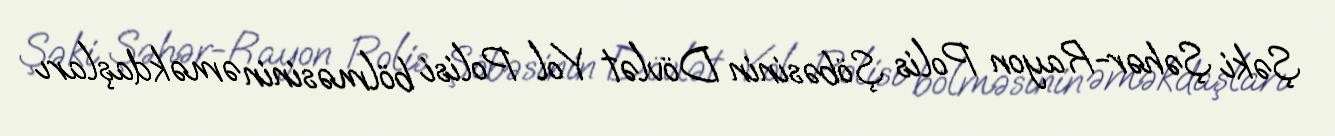
Şəki Şəhər-Rayon Polis Şöbəsinin Dövlət Yol Polisi bölməsinin əməkdaşları